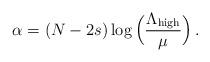
LaTeX: \begin{align*}\alpha = (N-2s) \log\Big(\frac{\Lambda_{\mathrm{high}}}{\mu}\Big)\,.\end{align*}